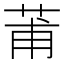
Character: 莆